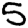
Digit: 5